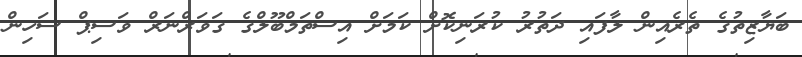
ބަޔާޒިތުގެ ތެރެއިން ލާފައި ދަތުރު ކުރަނިކޮށް ކަމަށް އިސްތަމްބޫލްގެ ގަވަރްނަރް ވަސިޕް ސަހިން